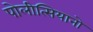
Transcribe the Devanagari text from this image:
पोलीत्सियानो